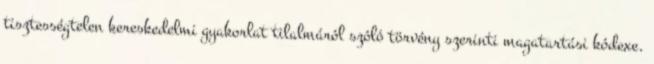
tisztességtelen kereskedelmi gyakorlat tilalmáról szóló törvény szerinti magatartási kódexe.